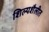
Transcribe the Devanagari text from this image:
शिल्पशैलीत